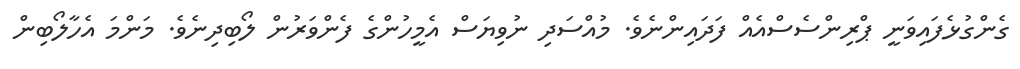
ގެންގުޅެފައިވަނީ ޕްރިންސެސްއެއް ފަދައިންނެވެ. މުއްސަދި ނުވިޔަސް އެމީހުންގެ ފެންވަރުން ލޯބިދިނެވެ. މަންމަ އެހާލޯބިން